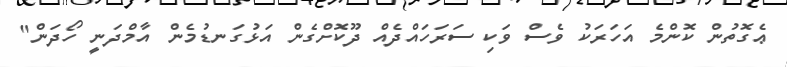
ޢެގޮތުން ކޮންމެ އަހަރަކު ވެސް ވަކި ސަރަހައްދެއް ދޫކޮށްގެން އަޅުގަނޑުމެން އާމްދަނީ ހޯދަން"